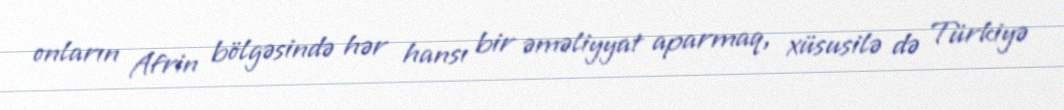
onların Afrin bölgəsində hər hansı bir əməliyyat aparmaq, xüsusilə də Türkiyə